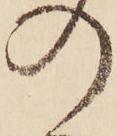
の